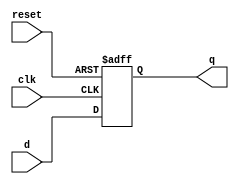
`timescale 1ns / 1ps
//////////////////////////////////////////////////////////////////////////////////
// Company: 
// Engineer: 
// 
// Design Name: 
// Module Name:    flopr 
// Project Name: 
// Target Devices: 
// Tool versions: 
// Description: 
//
// Dependencies: 
//
// Revision: 
// Revision 0.01 - File Created
// Additional Comments: 
//
//////////////////////////////////////////////////////////////////////////////////
module flopr #(parameter WIDTH = 8)
	(input wire clk, reset,
	input wire [WIDTH-1:0] d,
	output reg [WIDTH-1:0] q);
	
	always @(posedge clk, posedge reset)
		if (reset) q <= 32'd0;//32'd4194304;
		else q <= d;
endmodule